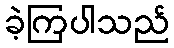
ခဲ့ကြပါသည်